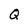
Character: Q